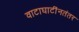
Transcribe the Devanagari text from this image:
वाटाघाटींनतंतर